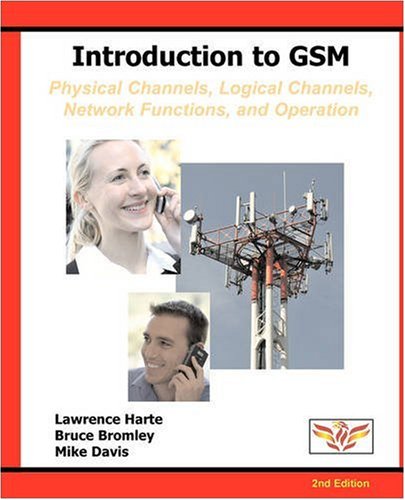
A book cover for Introduction to GSM: Physical Channels, Logical Channels, Network Functions, and Operation; Lawrence Harte; Computers & Technology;